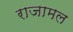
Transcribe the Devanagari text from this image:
राजामल